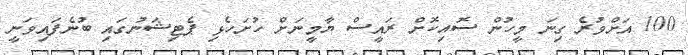
100 އަށްވުރެ ގިނަ މީހުން ސޮއިކޮށް ރައީސް ޔާމީނަށް ހުށަހެޅި ޕެޓިޝަނުގައި ބުނެފައިވަނީ